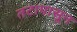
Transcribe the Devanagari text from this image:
तटापासून